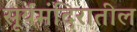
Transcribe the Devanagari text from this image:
सूर्यमंदिरातील